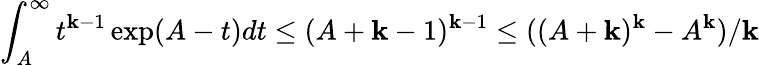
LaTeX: \int_{A}^{\infty}t^{\mathbf{k}-1}\exp(A-t)dt\leq(A+\mathbf{k}-1)^{\mathbf{k}-1}\leq((A+\mathbf{k})^{\mathbf{k}}-A^{\mathbf{k}})/\mathbf{k}